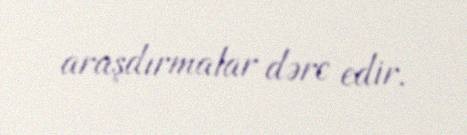
araşdırmalar dərc edir.